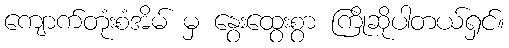
ကျောက်တုံးစံအိမ် မှ နွေးထွေးစွာ ကြိုဆိုပါတယ်ရှင်။